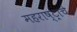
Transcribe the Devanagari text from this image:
महराष्ट्राचे